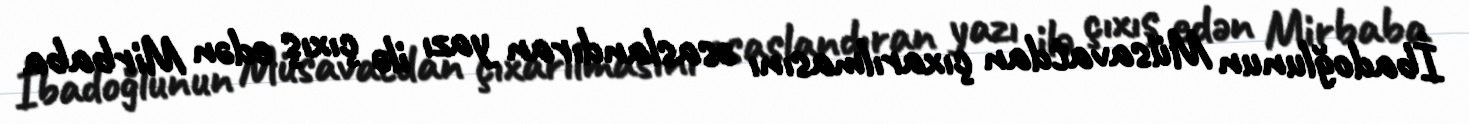
İbadoğlunun Müsavatdan çıxarılmasını əsaslandıran yazı ilə çıxış edən Mirbaba